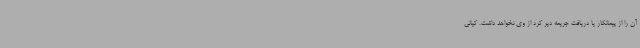
آن را از پیمانکار یا دریافت جریمه دیر کرد از وی نخواهد داشت. کیانی